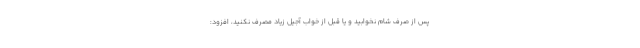
پس از صرف شام نخوابید و یا قبل از خواب آجیل زیاد مصرف نکنید، افزود: